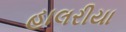
હાલરીયા